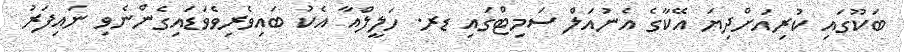
ބަކޫގައި ކުރިއަށްދިޔަ އޭކާގެ އެނުއަލް ސަމިޓްގައި ޑރ. ހަލީލްއާ އެކު ބައިވެރިވެވަޑައިގެންނެވި ނައިފަރު